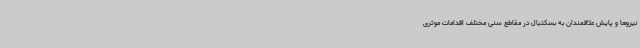
نیروها و پایش علاقمندان به بسکتبال در مقاطع سنی مختلف اقدامات موثری